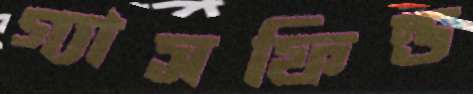
গ্যাসফিল্ড